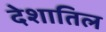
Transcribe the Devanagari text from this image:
देशातिल